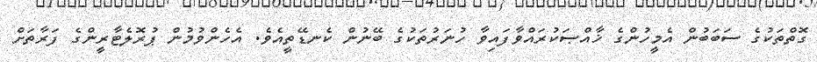
ގޮތްތަކުގެ ސަބަބުން އެމީހުންގެ ޚާއްޞަކުރައްވާފައިވާ ހުނަރުތަކުގެ ބޭނުން ކެނޑޭތީއެވެ. އެހެންވުމުން ޕުރޮލެޓާރީންގެ ފަރާތަށް